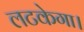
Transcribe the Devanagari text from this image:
लटकेगा।